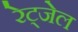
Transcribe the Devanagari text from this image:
रेट्जेल